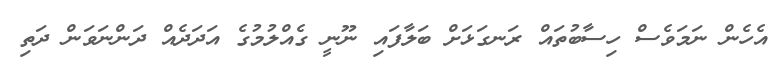
އެހެން ނަމަވެސް ހިސާބުތައް ރަނގަޅަށް ބަލާފައި ނޫނީ ގެއްލުމުގެ އަދަދެއް ދަންނަވަން ދަތި